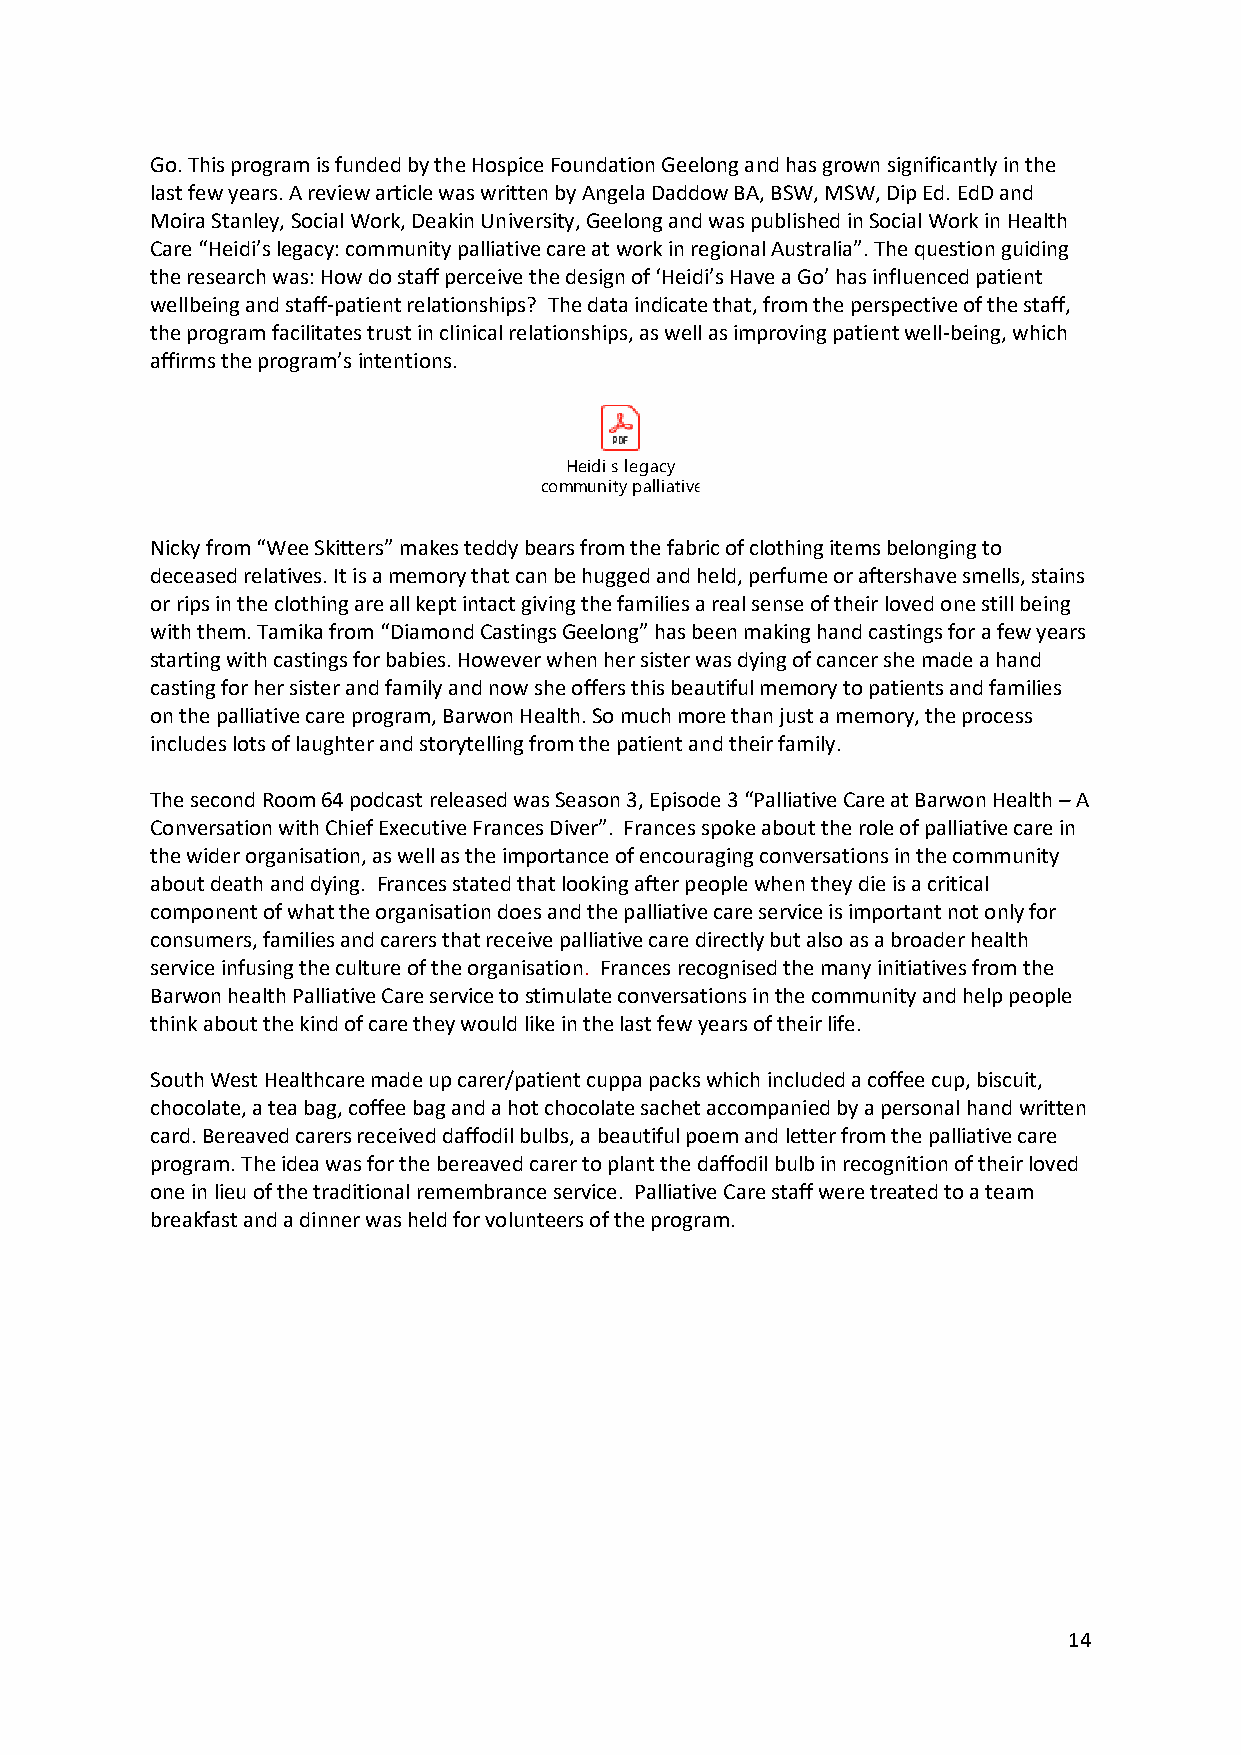
Go. This program is funded by the Hospice Foundation Geelong and has grown significantly in the
 last few years. A review article was written by Angela Daddow BA, BSW, MSW, Dip Ed. EdD and
 Moira Stanley, Social Work, Deakin University, Geelong and was published in Social Work in Health
 Care “Heidi’s legacy: community palliative care at work in regional Australia”. The question guiding
 the research was: How do staff perceive the design of ‘Heidi’s Have a Go’ has influenced patient
 wellbeing and staff-patient relationships? The data indicate that, from the perspective of the staff,
 the program facilitates trust in clinical relationships, as well as improving patient well-being, which
 affirms the program’s intentions.
 Nicky from “Wee Skitters” makes teddy bears from the fabric of clothing items belonging to
 deceased relatives. It is a memory that can be hugged and held, perfume or aftershave smells, stains
 or rips in the clothing are all kept intact giving the families a real sense of their loved one still being
 with them. Tamika from “Diamond Castings Geelong” has been making hand castings for a few years
 starting with castings for babies. However when her sister was dying of cancer she made a hand
 casting for her sister and family and now she offers this beautiful memory to patients and families
 on the palliative care program, Barwon Health. So much more than just a memory, the process
 includes lots of laughter and storytelling from the patient and their family.
 The second Room 64 podcast released was Season 3, Episode 3 “Palliative Care at Barwon Health – A
 Conversation with Chief Executive Frances Diver”. Frances spoke about the role of palliative care in
 the wider organisation, as well as the importance of encouraging conversations in the community
 about death and dying. Frances stated that looking after people when they die is a critical
 component of what the organisation does and the palliative care service is important not only for
 consumers, families and carers that receive palliative care directly but also as a broader health
 service infusing the culture of the organisation. Frances recognised the many initiatives from the
 Barwon health Palliative Care service to stimulate conversations in the community and help people
 think about the kind of care they would like in the last few years of their life.
 South West Healthcare made up carer/patient cuppa packs which included a coffee cup, biscuit,
 chocolate, a tea bag, coffee bag and a hot chocolate sachet accompanied by a personal hand written
 card. Bereaved carers received daffodil bulbs, a beautiful poem and letter from the palliative care
 program. The idea was for the bereaved carer to plant the daffodil bulb in recognition of their loved
 one in lieu of the traditional remembrance service. Palliative Care staff were treated to a team
 breakfast and a dinner was held for volunteers of the program.
 14
 c o
 Hm em id i s le g a c yu
 n ity p a llia tiv e c a re a t w o rk in re g io n a l A u s tra lia 2 0 2 1 .p d f